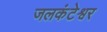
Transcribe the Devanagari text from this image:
जलकंटेश्वर